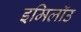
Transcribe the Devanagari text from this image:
इमिलॉउ